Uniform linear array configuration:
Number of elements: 8
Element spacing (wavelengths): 0.25
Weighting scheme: blackman
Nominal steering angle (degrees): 15
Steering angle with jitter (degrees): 14.736
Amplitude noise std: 0.05
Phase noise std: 0.05

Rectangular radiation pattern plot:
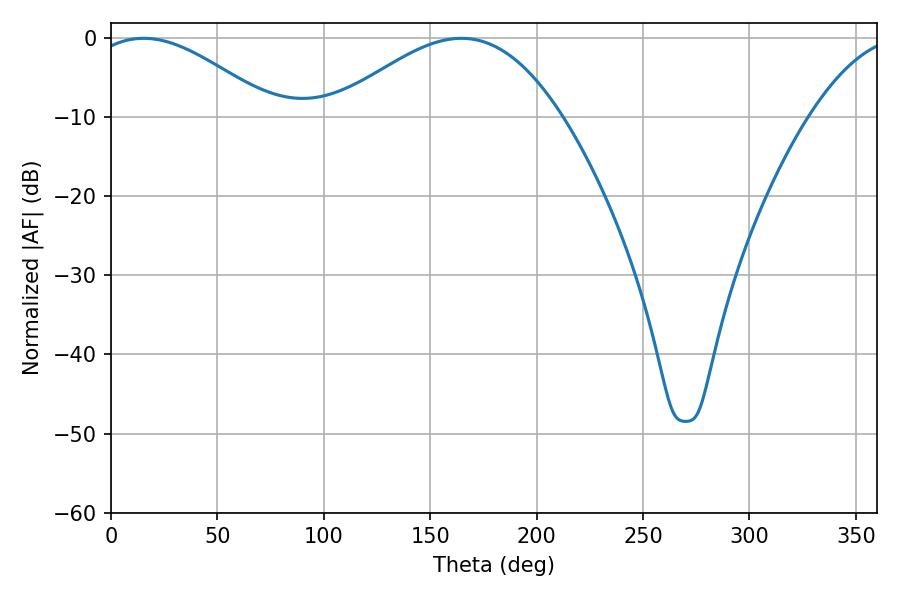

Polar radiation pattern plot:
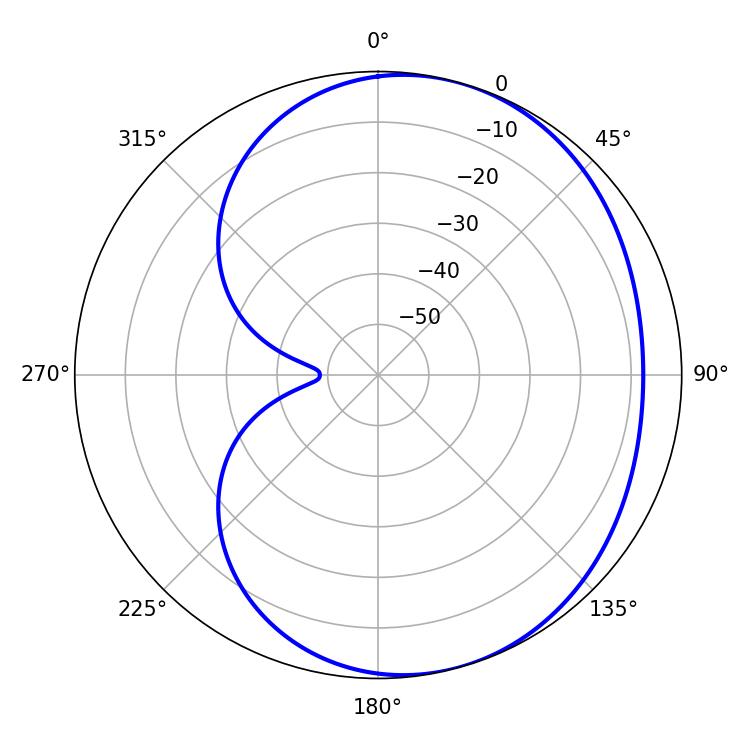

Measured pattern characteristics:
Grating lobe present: FALSE
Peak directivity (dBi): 4.269
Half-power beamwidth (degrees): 47.16
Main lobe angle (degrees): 15.3